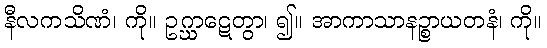
နီလကသိဏံ၊ ကို။ ဥဂ္ဃာဋေတွာ၊ ၍။ အာကာသာနဉ္စာယတနံ၊ ကို။